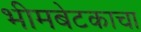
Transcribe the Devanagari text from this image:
भीमबेटकाचा